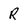
Character: R